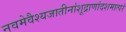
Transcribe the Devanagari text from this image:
नवमेवैश्यजातीनांशूद्राणांदशमात्परं